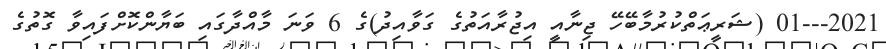
2021---01 (ޝަރީޢަތްކުރުމާބޭހޭ ޖިނާއީ އިޖުރާއަތުގެ ގަވާއިދު)ގެ 6 ވަނަ މާއްދާގައި ބަޔާންކޮށްފައިވާ ގޮތުގެ